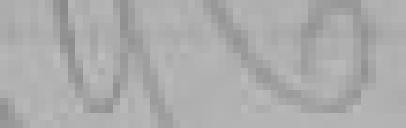
pas à expliquer, la responsabilité qu'ils ont encourue.